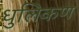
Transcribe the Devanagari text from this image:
धुलिकण